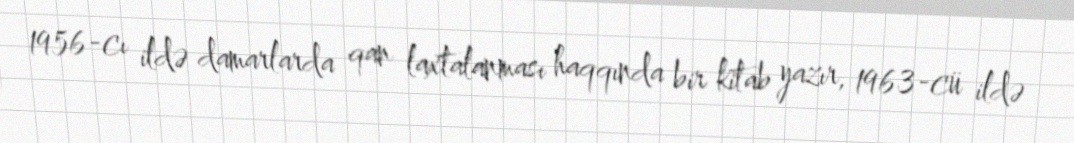
1956-cı ildə damarlarda qan laxtalanması haqqında bir kitab yazır, 1963-cü ildə